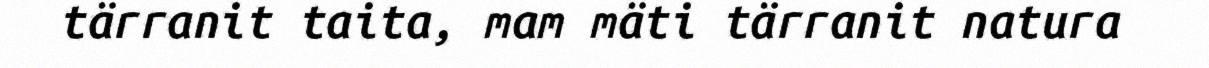
tärranit taita, mam mäti tärranit natura